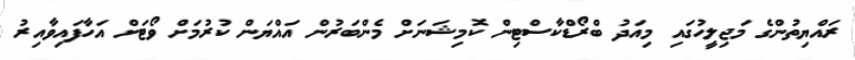
ރައްޔިތުންގެ މަޖިލީހުގައި މިއަދު ބްރޯޑްކާސްޓިން ކޮމިޝަނަށް މެންބަރުން އައްޔަން ކުރުމަށް ވޯޓަށް އަހާފައިވާއިރު